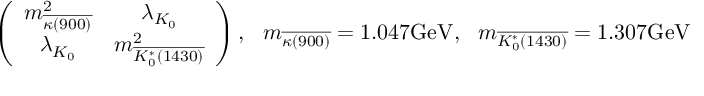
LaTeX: \left( \begin{array} { c c } { { m _ { \overline { { { \kappa ( 9 0 0 ) } } } } ^ { 2 } } } & { { \lambda _ { K _ { 0 } } } } \\ { { \lambda _ { K _ { 0 } } } } & { { m _ { \overline { { { K _ { 0 } ^ { * } ( 1 4 3 0 ) } } } } ^ { 2 } } } \end{array} \right) , \ \ m _ { \overline { { { \kappa ( 9 0 0 ) } } } } = 1 . 0 4 7 \mathrm { G e V } , \ \ m _ { \overline { { { K _ { 0 } ^ { * } ( 1 4 3 0 ) } } } } = 1 . 3 0 7 \mathrm { G e V }